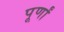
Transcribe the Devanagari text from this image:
पूर्णां